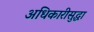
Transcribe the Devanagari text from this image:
अधिकारीसुद्धा